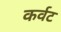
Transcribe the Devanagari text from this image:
कर्वट